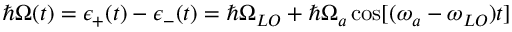
\hbar \Omega ( t ) = \epsilon _ { + } ( t ) - \epsilon _ { - } ( t ) = \hbar \Omega _ { L O } + \hbar \Omega _ { a } \cos [ ( \omega _ { a } - \omega _ { L O } ) t ]